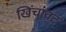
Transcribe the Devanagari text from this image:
खिंचावट